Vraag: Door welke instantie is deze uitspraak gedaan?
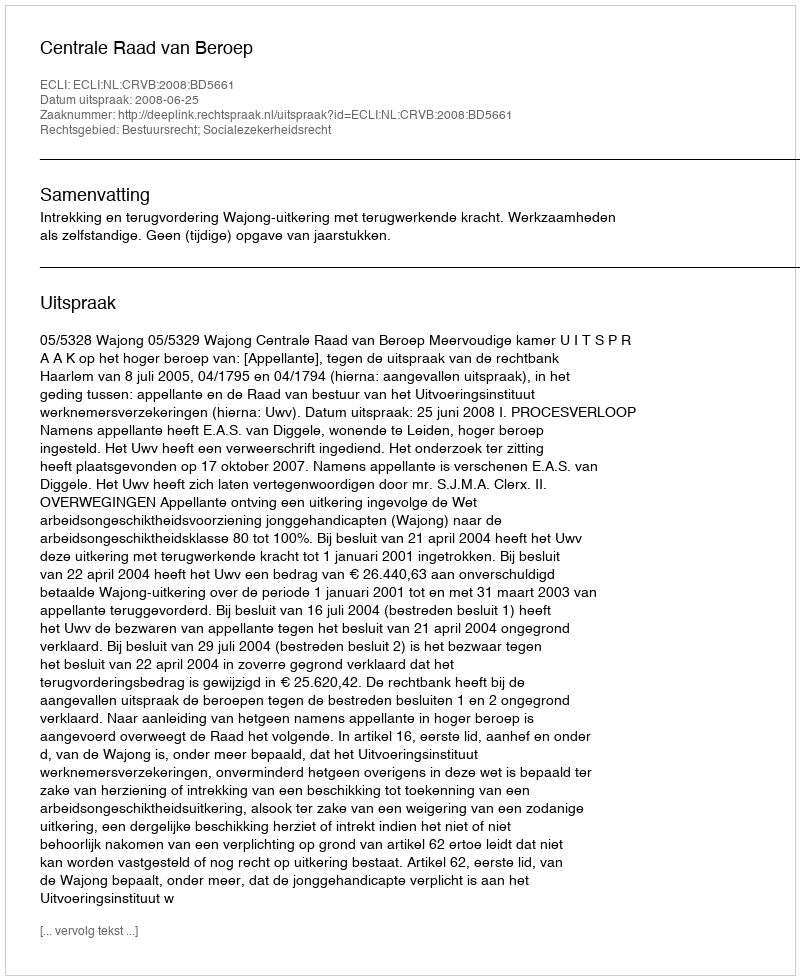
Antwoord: Centrale Raad van Beroep